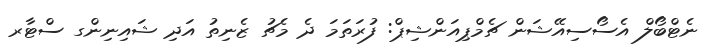
ނެޓްބޯލް އެސޯސިއޭޝަން ޗެމްޕިއަންޝިޕް: ފުރަތަމަ ދެ މެޗު ޒެނިތު އަދި ޝައިނިންގ ސްޓާރ